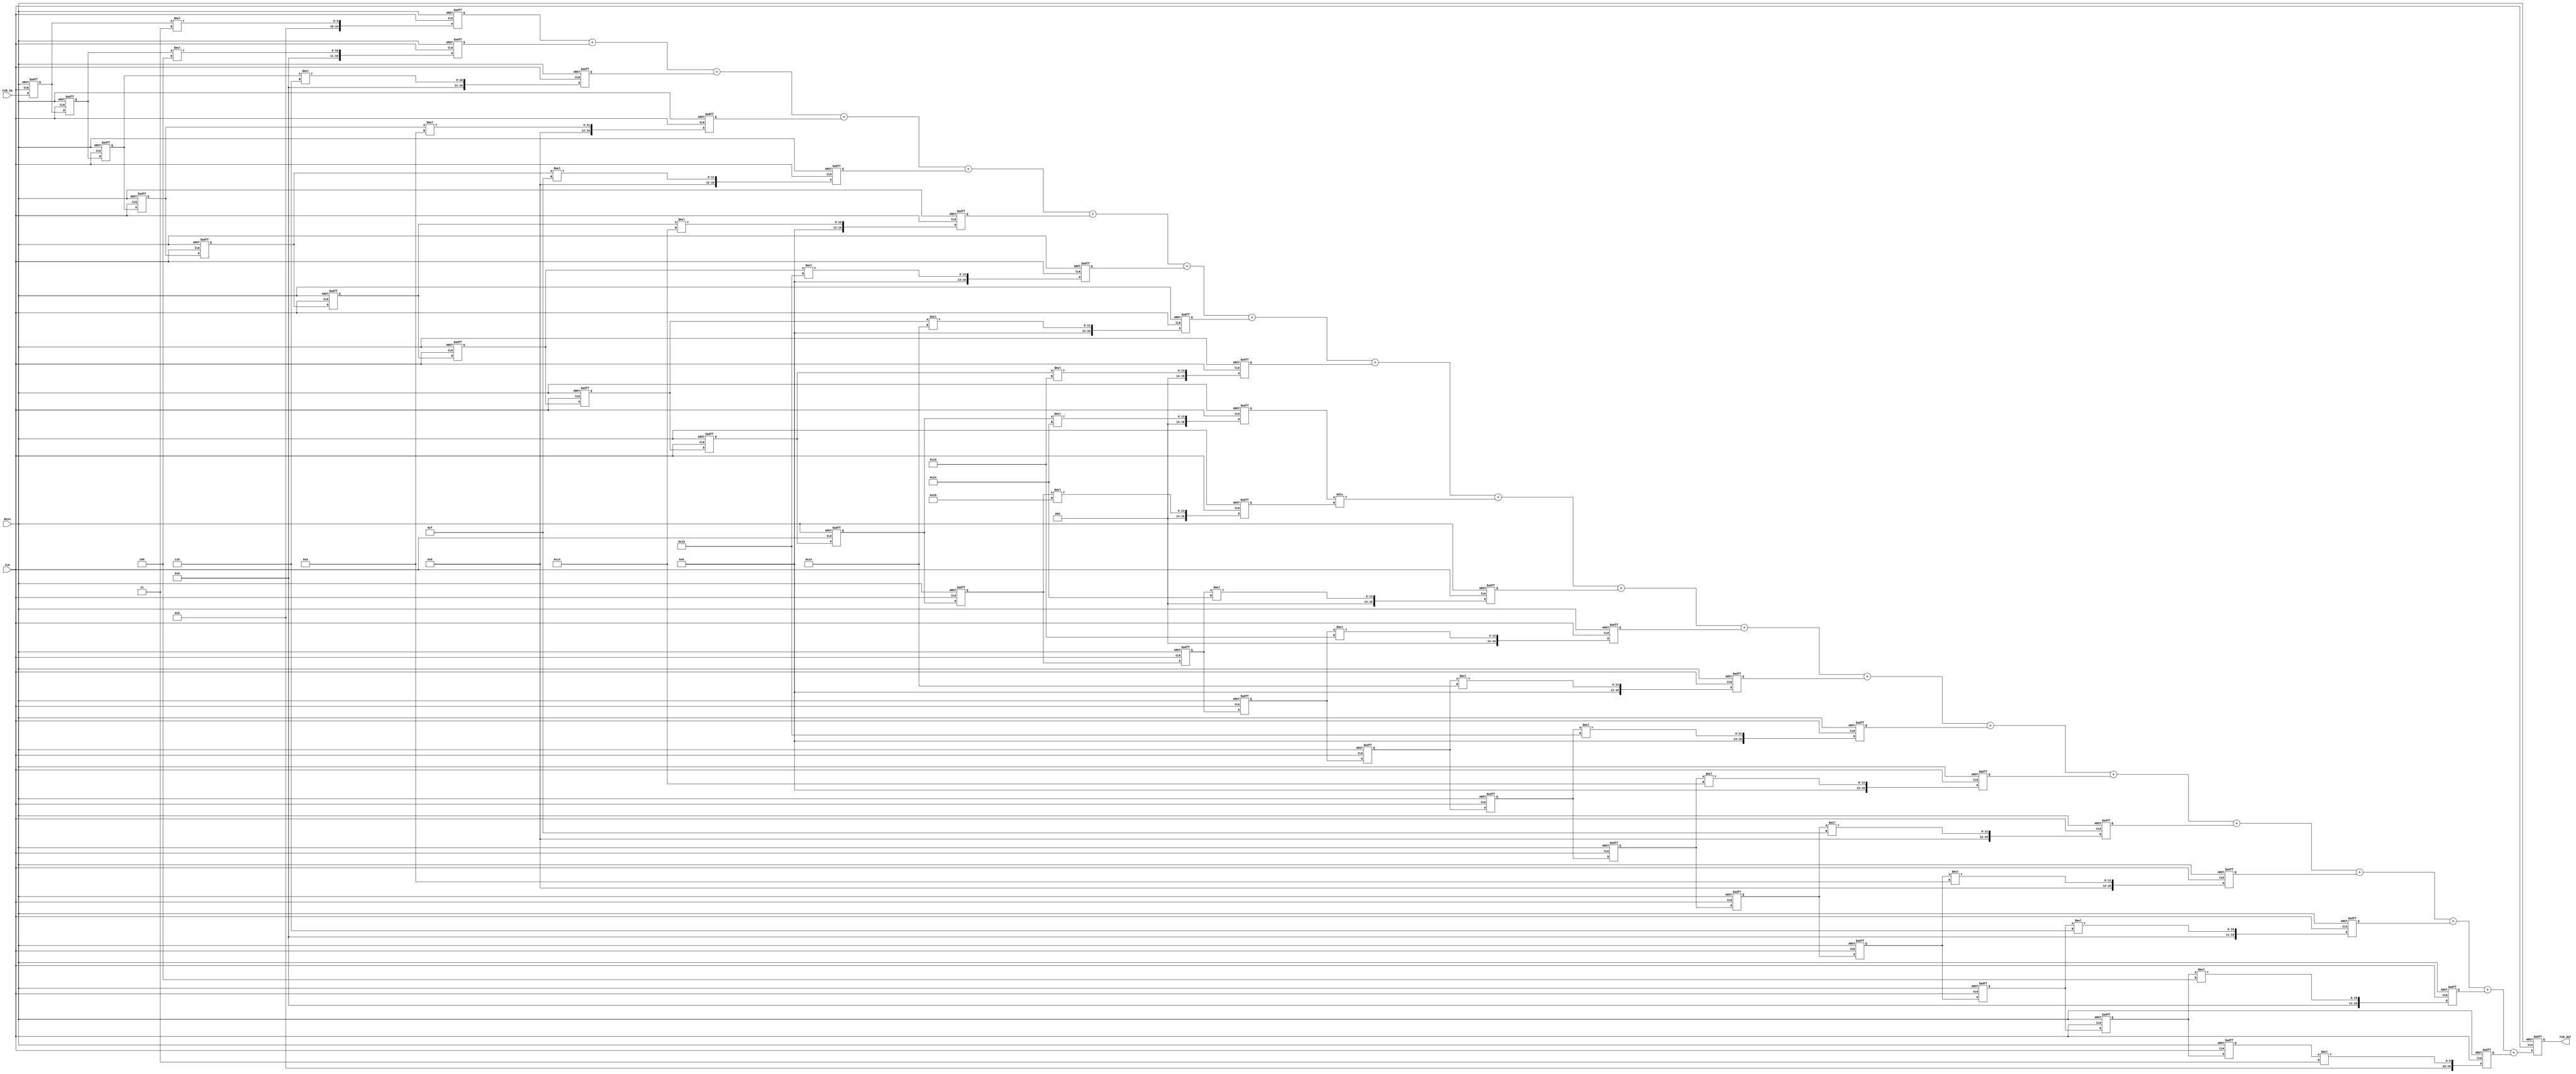
`timescale 1ns / 1ps
//////////////////////////////////////////////////////////////////////////////////
// Company: 
// Engineer: 
// 
// Design Name: 
// Module Name:    fir_test 
// Project Name: 
// Target Devices: 
// Tool versions: 
// Description: 
//
// Dependencies: 
//
// Revision: 
// Revision 0.01 - File Created
// Additional Comments: 
//
//////////////////////////////////////////////////////////////////////////////////
module FIR_low_pass_filter(
	input CLK,
	input RSTn,
	input [7:0]FIR_IN,
	output reg [16:0]FIR_OUT
);
	

//=============================================================================================
//delay_pipelin1


reg[7:0] delay_pipeline1;
reg[7:0] delay_pipeline2;
reg[7:0] delay_pipeline3;
reg[7:0] delay_pipeline4;
reg[7:0] delay_pipeline5;
reg[7:0] delay_pipeline6;
reg[7:0] delay_pipeline7;
reg[7:0] delay_pipeline8;
reg[7:0] delay_pipeline9;
reg[7:0] delay_pipeline10;
reg[7:0] delay_pipeline11;
reg[7:0] delay_pipeline12;
reg[7:0] delay_pipeline13;
reg[7:0] delay_pipeline14;
reg[7:0] delay_pipeline15;
reg[7:0] delay_pipeline16;
reg[7:0] delay_pipeline17;
reg[7:0] delay_pipeline18;
reg[7:0] delay_pipeline19;
reg[7:0] delay_pipeline20;
reg[7:0] delay_pipeline21;
//-------------------------
wire[7:0] coeff1 = 8'd3;	//       3     4     6    10    15    20    25    30    34    36    37    36    34    30    25    20    15    10     6     4     3
wire[7:0] coeff2 = 8'd4;      //       2     3     5     9    14    19    25    30    35    37    38    37    35    30    25    19    14     9     5     3     2
wire[7:0] coeff3 = 8'd6;      //fc=24k 3     4     6    10    15    20    25    30    34    36    37    36    34    30    25    20    15    10     6     4     3
wire[7:0] coeff4 = 8'd10;
wire[7:0] coeff5 = 8'd15;
wire[7:0] coeff6 = 8'd20;
wire[7:0] coeff7 = 8'd25;
wire[7:0] coeff8 = 8'd30;
wire[7:0] coeff9 = 8'd34;
wire[7:0] coeff10 = 8'd36;
wire[7:0] coeff11 = 8'd37;	// 20    23    50   117   159   117    50    23    20
wire[7:0] coeff12 = 8'd36;
wire[7:0] coeff13 = 8'd34;
wire[7:0] coeff14 = 8'd30;
wire[7:0] coeff15 = 8'd25;
wire[7:0] coeff16 = 8'd20;
wire[7:0] coeff17 = 8'd15;
wire[7:0] coeff18 = 8'd10;
wire[7:0] coeff19 = 8'd6;
wire[7:0] coeff20 = 8'd4;
wire[7:0] coeff21 = 8'd3;

reg signed [16:0] multi_data1 ;//
reg signed [16:0] multi_data2 ;
reg signed [16:0] multi_data3 ;
reg signed [16:0] multi_data4 ;
reg signed [16:0] multi_data5 ;
reg signed [16:0] multi_data6 ;
reg signed [16:0] multi_data7 ;
reg signed [16:0] multi_data8 ;
reg signed [16:0] multi_data9 ;
reg signed [16:0] multi_data10 ;//
reg signed [16:0] multi_data11 ;//
reg signed [16:0] multi_data12 ;
reg signed [16:0] multi_data13 ;
reg signed [16:0] multi_data14 ;
reg signed [16:0] multi_data15 ;
reg signed [16:0] multi_data16 ;
reg signed [16:0] multi_data17 ;
reg signed [16:0] multi_data18 ;
reg signed [16:0] multi_data19 ;
reg signed [16:0] multi_data20 ;//
reg signed [16:0] multi_data21 ;



always@(posedge CLK or negedge RSTn)
if(!RSTn)
begin
	delay_pipeline1 <= 8'b0 ;
	delay_pipeline2 <= 8'b0 ;
	delay_pipeline3 <= 8'b0 ;
	delay_pipeline4 <= 8'b0 ;
	delay_pipeline5 <= 8'b0 ;
	delay_pipeline6 <= 8'b0 ;
	delay_pipeline7 <= 8'b0 ;
	delay_pipeline8 <= 8'b0 ;
	delay_pipeline9 <= 8'b0 ;
	delay_pipeline10 <= 8'b0 ;
	delay_pipeline11 <= 8'b0 ;
	delay_pipeline12 <= 8'b0 ;
	delay_pipeline13 <= 8'b0 ;
	delay_pipeline14 <= 8'b0 ;
	delay_pipeline15 <= 8'b0 ;
	delay_pipeline16 <= 8'b0 ;
	delay_pipeline17 <= 8'b0 ;
	delay_pipeline18 <= 8'b0 ;
	delay_pipeline19 <= 8'b0 ;
	delay_pipeline20 <= 8'b0 ;
	delay_pipeline21 <= 8'b0 ;
end
else
begin
	delay_pipeline1 <= FIR_IN;
	delay_pipeline2 <= delay_pipeline1 ;
	delay_pipeline3 <= delay_pipeline2 ;
	delay_pipeline4 <= delay_pipeline3 ;
	delay_pipeline5 <= delay_pipeline4 ;
	delay_pipeline6 <= delay_pipeline5 ;
	delay_pipeline7 <= delay_pipeline6 ;
	delay_pipeline8 <= delay_pipeline7 ;
	delay_pipeline9 <= delay_pipeline8 ;
	delay_pipeline10 <= delay_pipeline9 ;
	delay_pipeline11 <= delay_pipeline10;
	delay_pipeline12 <= delay_pipeline11 ;
	delay_pipeline13 <= delay_pipeline12 ;
	delay_pipeline14 <= delay_pipeline13 ;
	delay_pipeline15 <= delay_pipeline14 ;
	delay_pipeline16 <= delay_pipeline15 ;
	delay_pipeline17 <= delay_pipeline16 ;
	delay_pipeline18 <= delay_pipeline17 ;
	delay_pipeline19 <= delay_pipeline18 ;
	delay_pipeline20 <= delay_pipeline19 ;
	delay_pipeline21 <= delay_pipeline20;
end


//=============================================================================================
//multi_data



always@(posedge CLK or negedge RSTn) //x(0) * h(0)
	if(!RSTn)
		multi_data1 <= 17'b0 ;
	else
		multi_data1 <= delay_pipeline1*coeff1 ;
		
always@(posedge CLK or negedge RSTn) //x(1) * h(1)
	if(!RSTn)
		multi_data2 <= 17'b0 ;
	else
		multi_data2 <= delay_pipeline2*coeff2 ;

always@(posedge CLK or negedge RSTn) //x(2) * h(2)
	if(!RSTn)
		multi_data3 <= 17'b0 ;
	else
		multi_data3 <= delay_pipeline3*coeff3 ;
		
always@(posedge CLK or negedge RSTn) //x(1) * h(1)
	if(!RSTn)
		multi_data4 <= 17'b0 ;
	else
		multi_data4 <= delay_pipeline4*coeff4 ;
		
always@(posedge CLK or negedge RSTn) //x(1) * h(1)
	if(!RSTn)
		multi_data5 <= 17'b0 ;
	else
		multi_data5 <= delay_pipeline5*coeff5 ;
		
always@(posedge CLK or negedge RSTn) //x(1) * h(1)
	if(!RSTn)
		multi_data6 <= 17'b0 ;
	else
		multi_data6 <= delay_pipeline6*coeff6 ;
		
always@(posedge CLK or negedge RSTn) //x(1) * h(1)
	if(!RSTn)
		multi_data7 <= 17'b0 ;
	else
		multi_data7 <= delay_pipeline7*coeff7 ;
		
always@(posedge CLK or negedge RSTn) //x(1) * h(1)
	if(!RSTn)
		multi_data8 <= 17'b0 ;
	else
		multi_data8 <= delay_pipeline8*coeff8 ;
		
always@(posedge CLK or negedge RSTn) //x(1) * h(1)
	if(!RSTn)
		multi_data9 <= 17'b0 ;
	else
		multi_data9 <= delay_pipeline9*coeff9 ;
always@(posedge CLK or negedge RSTn) //x(0) * h(0)
	if(!RSTn)
		multi_data10 <= 17'b0 ;
	else
		multi_data10 <= delay_pipeline10*coeff10 ;
		
always@(posedge CLK or negedge RSTn) //x(0) * h(0)
	if(!RSTn)
		multi_data11 <= 17'b0 ;
	else
		multi_data11 <= delay_pipeline11*coeff11 ;
		
always@(posedge CLK or negedge RSTn) //x(1) * h(1)
	if(!RSTn)
		multi_data12 <= 17'b0 ;
	else
		multi_data12 <= delay_pipeline12*coeff12 ;

always@(posedge CLK or negedge RSTn) //x(1) * h(1)
	if(!RSTn)
		multi_data13 <= 17'b0 ;
	else
		multi_data13 <= delay_pipeline13*coeff13 ;
		
always@(posedge CLK or negedge RSTn) //x(1) * h(1)
	if(!RSTn)
		multi_data14 <= 17'b0 ;
	else
		multi_data14 <= delay_pipeline14*coeff14 ;
		
always@(posedge CLK or negedge RSTn) //x(1) * h(1)
	if(!RSTn)
		multi_data15 <= 17'b0 ;
	else
		multi_data15 <= delay_pipeline15*coeff15 ;
		
always@(posedge CLK or negedge RSTn) //x(1) * h(1)
	if(!RSTn)
		multi_data16 <= 17'b0 ;
	else
		multi_data16 <= delay_pipeline16*coeff16 ;
		
always@(posedge CLK or negedge RSTn) //x(1) * h(1)
	if(!RSTn)
		multi_data17 <= 17'b0 ;
	else
		multi_data17 <= delay_pipeline17*coeff17 ;
		
always@(posedge CLK or negedge RSTn) //x(1) * h(1)
	if(!RSTn)
		multi_data18 <= 17'b0 ;
	else
		multi_data18 <= delay_pipeline18*coeff18 ;
		
always@(posedge CLK or negedge RSTn) //x(1) * h(1)
	if(!RSTn)
		multi_data19 <= 17'b0 ;
	else
		multi_data19 <= delay_pipeline19*coeff19 ;
always@(posedge CLK or negedge RSTn) //x(0) * h(0)
	if(!RSTn)
		multi_data20 <= 17'b0 ;
	else
		multi_data20 <= delay_pipeline20*coeff20;
		
always@(posedge CLK or negedge RSTn) //x(1) * h(1)
	if(!RSTn)
		multi_data21 <= 17'b0 ;
	else
		multi_data21 <= delay_pipeline21*coeff21 ;

//=================================================================================
//

always@(posedge CLK or negedge RSTn)
	if(!RSTn)
		FIR_OUT <= 16'b0 ;
	else
		FIR_OUT <= multi_data1 + multi_data2 + multi_data3 + multi_data4 +multi_data5 + multi_data6 + multi_data7 + multi_data8 + multi_data9 + multi_data10/
		+multi_data11 + multi_data12 + multi_data13 + multi_data14 +multi_data15 + multi_data16 + multi_data17 + multi_data18 + multi_data19 + multi_data20 + multi_data21;
		
endmodule